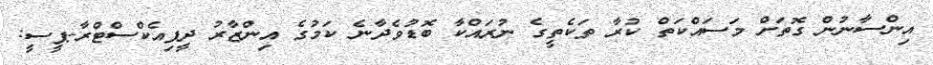
އިންސާނުން ގޮތަށް މަސައްކަތް ކުރާ ތަކެތީގެ ނުރައްކާ ބޮޑުވެދާނެ ކަމުގެ އިންޒާރު ދީފިއެކްސްޓްރާ-ޕީސީ: